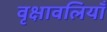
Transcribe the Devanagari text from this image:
वृक्षावलियाँ